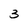
Character: 3